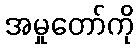
အမှုတော်ကို